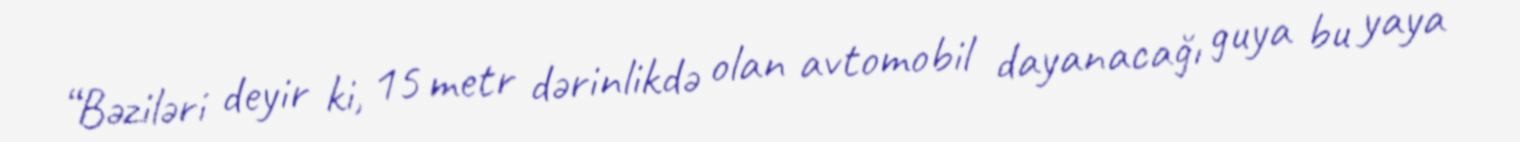
“Bəziləri deyir ki, 15 metr dərinlikdə olan avtomobil dayanacağı guya bu yaya